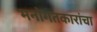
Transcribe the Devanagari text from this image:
मनोगतकारांचा